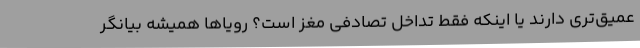
عمیق‌تری دارند یا اینکه فقط تداخل تصادفی مغز است؟ رویاها همیشه بیانگر